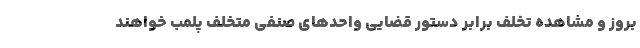
بروز و مشاهده تخلف برابر دستور قضایی واحدهای صنفی متخلف پلمب خواهند